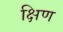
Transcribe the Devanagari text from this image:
क्षिण